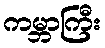
ကမ္ဘာကြီး